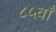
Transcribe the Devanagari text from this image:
८५वाँ